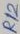
Text: R12